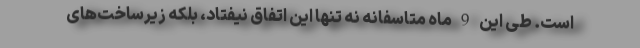
است. طی این 9 ماه متاسفانه نه تنها این اتفاق نیفتاد، بلکه زیرساخت‌های